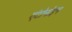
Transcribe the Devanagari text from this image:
एंटोनोइन